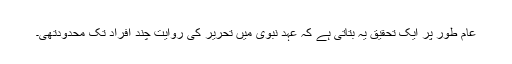
عام طور پر ایک تحقیق یہ بتاتی ہے کہ عہدِ نبوی میں تحریر کی روایت چند افراد تک محدودتھی۔